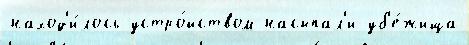
наход'и́лось устро́йством насыпал'и уб'е́жища